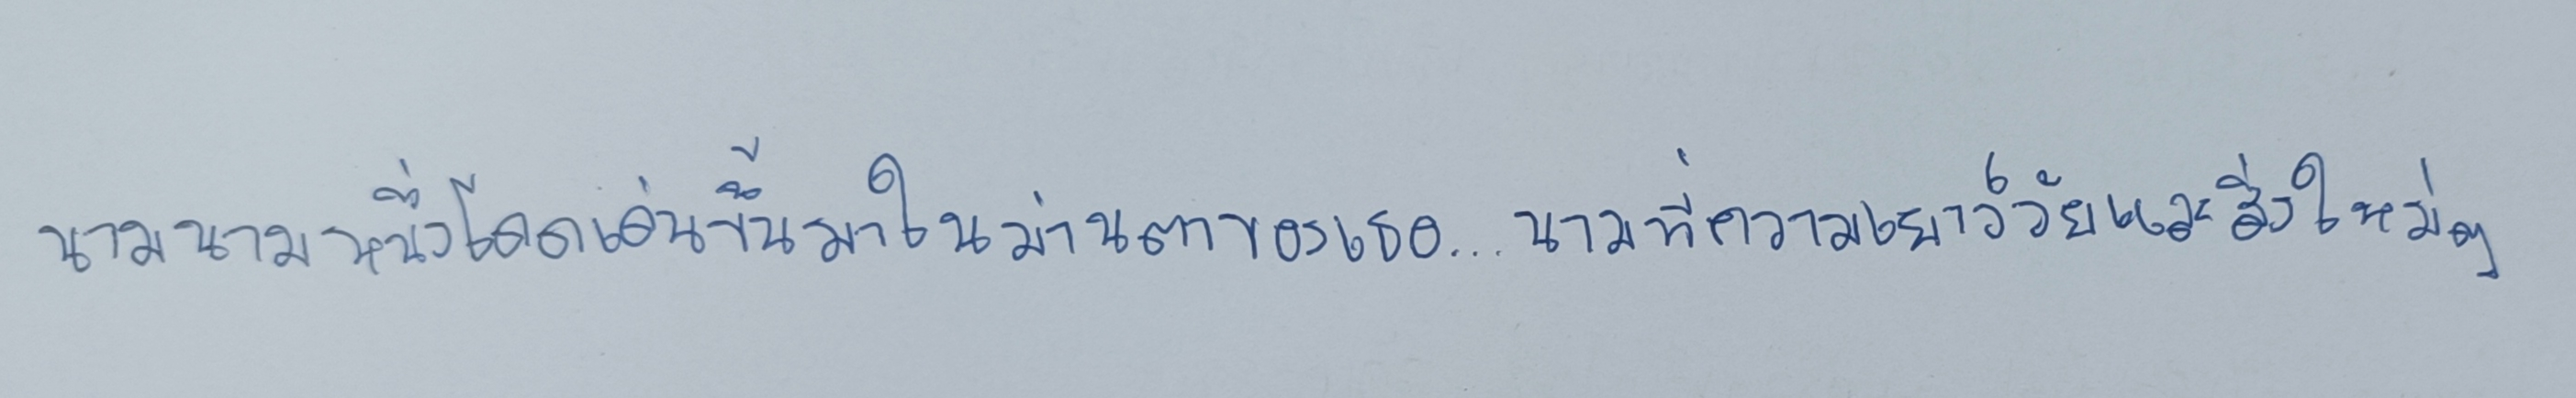
นามนามหนึ่งโดดเด่นขึ้นมาในม่านตาของเธอ...นามที่ความเยาว์วัยและสิ่งใหม่ๆ